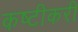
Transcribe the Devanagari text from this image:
कष्टीकरी